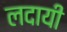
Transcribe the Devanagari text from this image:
लदायी